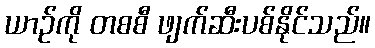
ယာဉ်ကို တစစီ ဖျက်ဆီးပစ်နိုင်သည်။